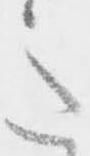
意